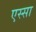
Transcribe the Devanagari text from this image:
एस्सा